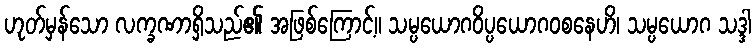
ဟုတ်မှန်သော လက္ခဏာရှိသည်၏ အဖြစ်ကြောင့်။ သမ္ပယောဂဝိပ္ပယောဂဝစနေဟိ၊ သမ္ပယောဂ သဒ္ဒါ